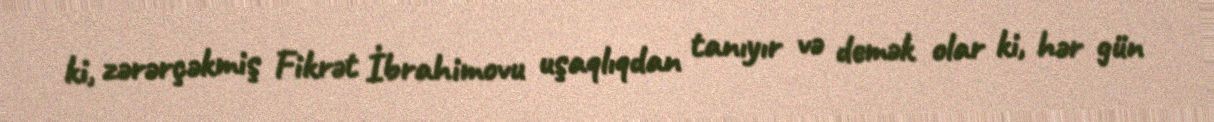
ki, zərərçəkmiş Fikrət İbrahimovu uşaqlıqdan tanıyır və demək olar ki, hər gün